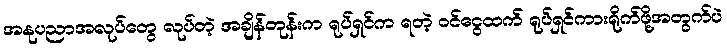
အနုပညာအလုပ်တွေ လုပ်တဲ့ အချိန်တုန်းက ရုပ်ရှင်က ရတဲ့ ဝင်ငွေထက် ရုပ်ရှင်ကားရိုက်ဖို့အတွက်ပဲ